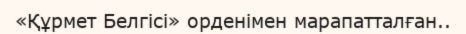
«Құрмет Белгісі» орденімен марапатталған..